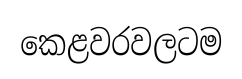
කෙළවරවලටම